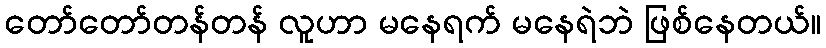
တော်တော်တန်တန် လူဟာ မနေရက် မနေရဲဘဲ ဖြစ်နေတယ်။